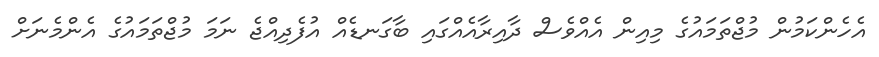
އެހެންކަމުން މުޖްތަމައުގެ މިއިން އެއްވެސް ދާއިރާއެއްގައި ބާގަނޑެއް އުފެދިއްޖެ ނަމަ މުޖްތަމައުގެ އެންމެނަށް